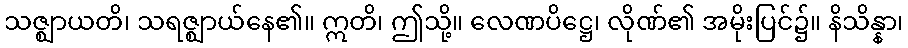
သဇ္ဈာယတိ၊ သရဇ္ဈာယ်နေ၏။ ဣတိ၊ ဤသို့။ လေဏပိဋ္ဌေ၊ လိုဏ်၏ အမိုးပြင်၌။ နိသိန္နာ၊